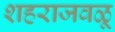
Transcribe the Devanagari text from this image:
शहराजवळू